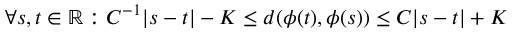
\forall s , t \in \mathbb { R } : C ^ { - 1 } | s - t | - K \leq d ( \phi ( t ) , \phi ( s ) ) \leq C | s - t | + K